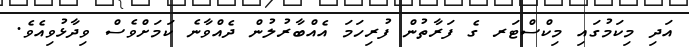
އަދި މިކަމުގައި މިކްސްޓަރ ގެ ފަރާތުން ފުރިހަމަ އެއްބާރުލުން ދެއްވާނެ ކަމަށްވެސް ވިދާޅުވިއެވެ.